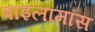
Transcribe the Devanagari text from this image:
बाइलामॉस